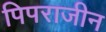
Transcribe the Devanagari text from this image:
पिपराजीन